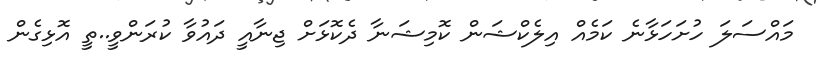
މައްސަލަ ހުށަހަޅާނެ ކަމެއް އިލެކްޝަން ކޮމިޝަނާ ދެކޮޅަށް ޖިނާއީ ދައުވާ ކުރަންވީ..ތީ އޮޅިގެން